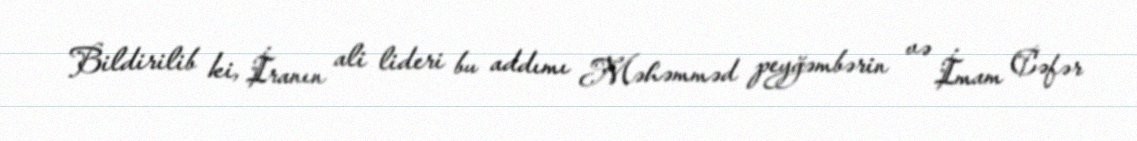
Bildirilib ki, İranın ali lideri bu addımı Məhəmməd peyğəmbərin və İmam Cəfər